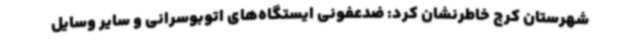
شهرستان کرج خاطرنشان کرد: ضدعفونی ایستگاه‌های اتوبوسرانی و سایر وسایل